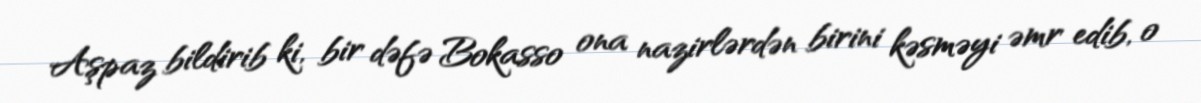
Aşpaz bildirib ki, bir dəfə Bokasso ona nazirlərdən birini kəsməyi əmr edib, o